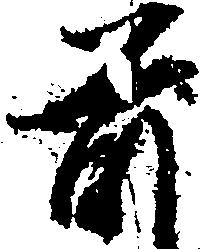
前